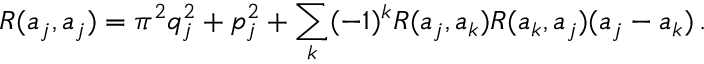
R ( a _ { j } , a _ { j } ) = \pi ^ { 2 } q _ { j } ^ { 2 } + p _ { j } ^ { 2 } + \sum _ { k } ( - 1 ) ^ { k } R ( a _ { j } , a _ { k } ) R ( a _ { k } , a _ { j } ) ( a _ { j } - a _ { k } ) \, .